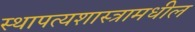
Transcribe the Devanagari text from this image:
स्थापत्यशास्त्रामधील